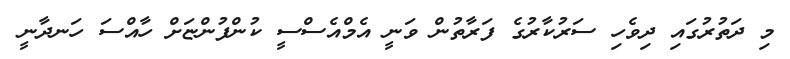
މި ދަތުރުގައި ދިވެހި ސަރުކާރުގެ ފަރާތުން ވަނީ އެމްއެސްސީ ކުންފުންޏަށް ހާއްސަ ހަނދާނީ